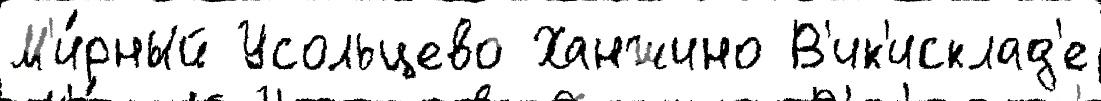
М'и́рный Усольцево Ханжино В'ик'исклад'е